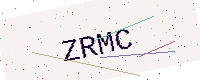
Text: ZRMC